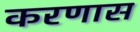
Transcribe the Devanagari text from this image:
करणास